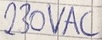
Text: 230VAC